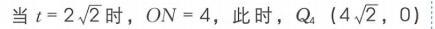
当 \(t = 2\sqrt{2}\) 时，\(ON = 4\)，此时，\(Q_{4}(4\sqrt{2},0)\)